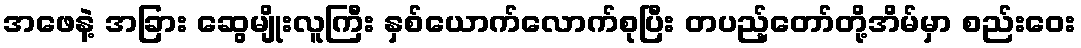
အဖေနဲ့ အခြား ဆွေမျိုးလူကြီး နှစ်ယောက်လောက်စုပြီး တပည့်တော်တို့အိမ်မှာ စည်းဝေး